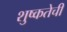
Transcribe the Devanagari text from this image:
शुष्कतेची